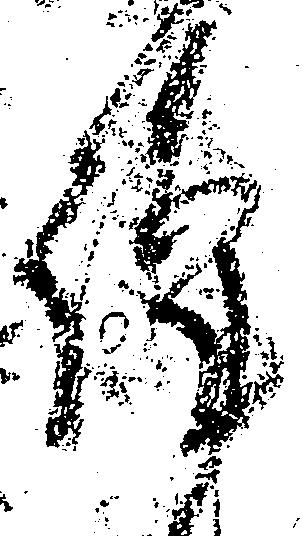
謹